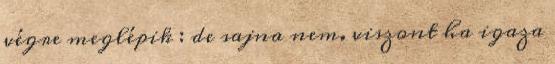
végre meglépik : de sajna nem. viszont ha igaza